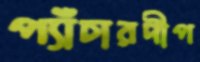
প্যাঁচারদীপ